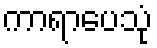
ကာရာပေသုံ